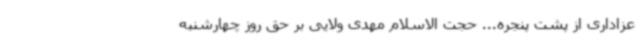
عزاداری از پشت پنجره... حجت الاسلام مهدی ولایی بر حق روز چهارشنبه